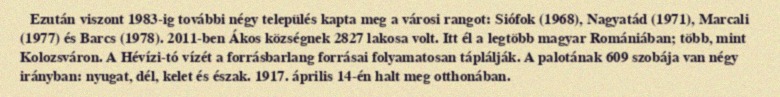
Ezután viszont 1983-ig további négy település kapta meg a városi rangot: Siófok (1968), Nagyatád (1971), Marcali (1977) és Barcs (1978). 2011-ben Ákos községnek 2827 lakosa volt. Itt él a legtöbb magyar Romániában; több, mint Kolozsváron. A Hévízi-tó vízét a forrásbarlang forrásai folyamatosan táplálják. A palotának 609 szobája van négy irányban: nyugat, dél, kelet és észak. 1917. április 14-én halt meg otthonában.